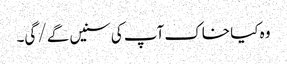
وہ کیا خاک آپ کی سنیں گے/ گی۔